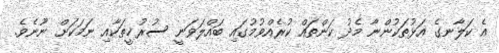
އެ ކަލާނގެ އަޅުތަކުންނާ މެދު ކަންތައް ކުރެއްވުމުގައި ބައްލަވަނީ ސުރުޚީތަކާއި ނަމަކަށް ނޫނެވެ.